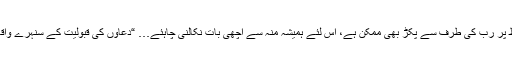
” اور اس کے الفاظ پر رب کی طرف سے پکڑ بھی ممکن ہے، اس لئے ہمیشہ منہ سے اچھی بات نکالنی چاہئے… “دعاؤں کی قبولیت کے سنہرے واقعات” سے ماخوذ..